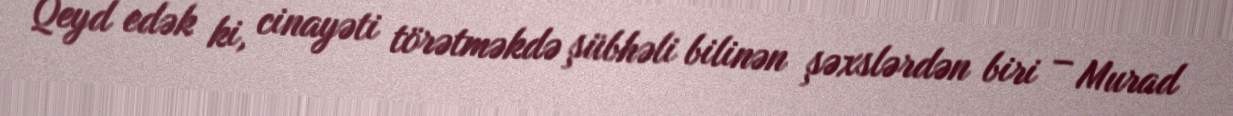
Qeyd edək ki, cinayəti törətməkdə şübhəli bilinən şəxslərdən biri – Murad